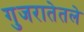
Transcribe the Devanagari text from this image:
गुजरातेतले